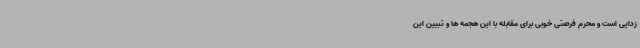
زدایی است و محرم فرصتی خوبی برای مقابله با این هجمه ها و تبیین این